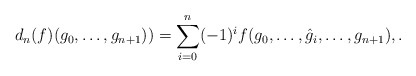
\begin{align*}d_n(f)(g_0, \dots, g_{n+1})) = \sum_{i=0}^n (-1)^i f(g_0, \dots, \hat g_i, \dots, g_{n+1}), .\end{align*}